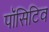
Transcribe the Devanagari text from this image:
पॉसिटिव